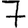
Digit: 7